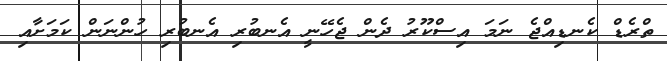
ތްރެޑް ކެނޑިއްޖެ ނަމަ އިސްކޫރު ދެން ޖެހޭނީ އެނބުރި އެނބުރި ހުންނަން ކަމަށާއި